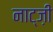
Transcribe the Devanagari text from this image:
नाट्ज़ी